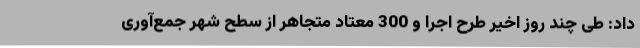
داد: طی چند روز اخیر طرح اجرا و 300 معتاد متجاهر از سطح شهر جمع‌آوری